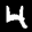
Label: 4